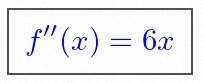
f''(x)=6x